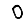
Digit: 0